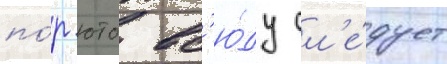
по́р юто вс'ю́ду сл'е́дует